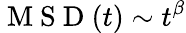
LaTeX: \mathrm{~M~S~D~}(t)\sim t^{\beta}